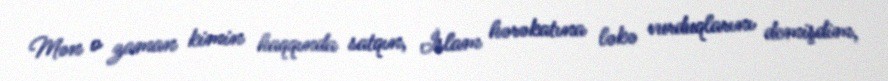
Mən o zaman kimin haqqında satqın, İslam hərəkatına ləkə vurduqlarını demişdim,